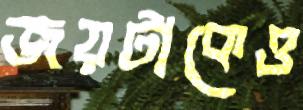
জয়টাকেও